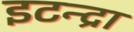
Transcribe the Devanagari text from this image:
इटन्द्रा